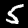
Label: 5